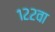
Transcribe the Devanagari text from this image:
१२२वा